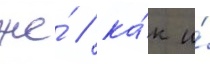
же́ / ка́к и́